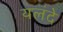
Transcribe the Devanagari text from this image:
यलंदे